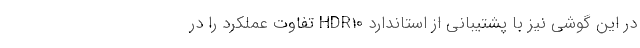
در این گوشی نیز با پشتیبانی از استاندارد HDR10 تفاوت عملکرد را در